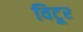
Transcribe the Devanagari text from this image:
विटूर